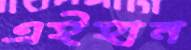
এইহান